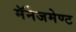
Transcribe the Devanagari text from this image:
मॅनेजमेण्ट